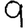
Digit: 9